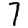
Digit: 7